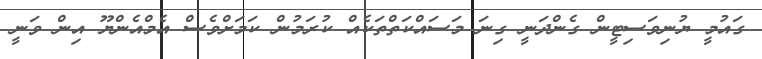
ގައުމީ ޔުނިވަސިޓީން ގެންދަނީ ގިނަ މަސައްކަތްތަކެއް ކުރަމުން ކަމަށްވެސް އެމްއެންޔޫ އިން ވަނީ